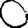
Digit: 0